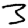
Digit: 3